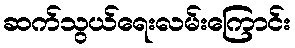
ဆက်သွယ်ရေးလမ်းကြောင်း